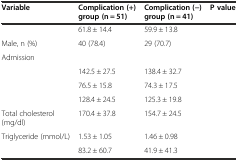
<table><thead><tr><td><b>Variable</b></td><td><b>Complication (+) group (n = 51)</b></td><td><b>Complication (−) group (n = 41)</b></td><td><b>P value</b></td></tr></thead><tbody><tr><td>[EMPTY_CELL]</td><td>61.8 ± 14.4</td><td>59.9 ± 13.8</td><td>[EMPTY_CELL]</td></tr><tr><td>Male, n (%)</td><td>40 (78.4)</td><td>29 (70.7)</td><td>[EMPTY_CELL]</td></tr><tr><td>Admission</td><td>[EMPTY_CELL]</td><td>[EMPTY_CELL]</td><td>[EMPTY_CELL]</td></tr><tr><td>[EMPTY_CELL]</td><td>142.5 ± 27.5</td><td>138.4 ± 32.7</td><td>[EMPTY_CELL]</td></tr><tr><td>[EMPTY_CELL]</td><td>76.5 ± 15.8</td><td>74.3 ± 17.5</td><td>[EMPTY_CELL]</td></tr><tr><td>[EMPTY_CELL]</td><td>128.4 ± 24.5</td><td>125.3 ± 19.8</td><td>[EMPTY_CELL]</td></tr><tr><td>Total cholesterol (mg/dl)</td><td>170.4 ± 37.8</td><td>154.7 ± 24.5</td><td>[EMPTY_CELL]</td></tr><tr><td>Triglyceride (mmol/L)</td><td>1.53 ± 1.05</td><td>1.46 ± 0.98</td><td>[EMPTY_CELL]</td></tr><tr><td>[EMPTY_CELL]</td><td>83.2 ± 60.7</td><td>41.9 ± 41.3</td><td>[EMPTY_CELL]</td></tr></tbody></table>